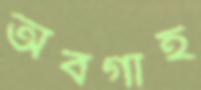
অবগাহ